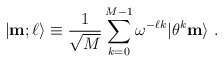
\begin{align*}|{\bf m};\ell\rangle\equiv{1\over \sqrt{M}} \sum_{k=0}^{M-1} \omega^{-\ell k}|\theta^k{\bf m}\rangle~.\end{align*}